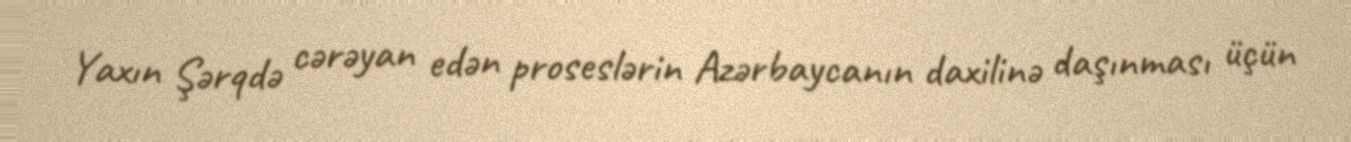
Yaxın Şərqdə cərəyan edən proseslərin Azərbaycanın daxilinə daşınması üçün